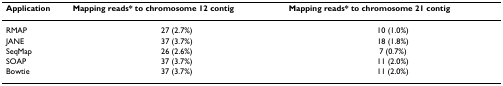
<table><thead><tr><td><b>Application</b></td><td><b>Mapping reads* to chromosome 12 contig</b></td><td><b>Mapping reads* to chromosome 21 contig</b></td></tr></thead><tbody><tr><td>RMAP</td><td>27 (2.7%)</td><td>10 (1.0%)</td></tr><tr><td>JANE</td><td>37 (3.7%)</td><td>18 (1.8%)</td></tr><tr><td>SeqMap</td><td>26 (2.6%)</td><td>7 (0.7%)</td></tr><tr><td>SOAP</td><td>37 (3.7%)</td><td>11 (2.0%)</td></tr><tr><td>Bowtie</td><td>37 (3.7%)</td><td>11 (2.0%)</td></tr></tbody></table>